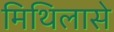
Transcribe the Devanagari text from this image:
मिथिलासे